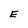
Character: E